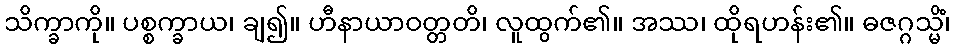
သိက္ခာကို။ ပစ္စက္ခာယ၊ ချ၍။ ဟီနာယာဝတ္တတိ၊ လူထွက်၏။ အဿ၊ ထိုရဟန်း၏။ ဓဇဂ္ဂသ္မိံ၊